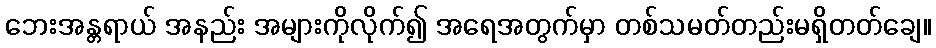
ဘေးအန္တရာယ် အနည်း အများကိုလိုက်၍ အရေအတွက်မှာ တစ်သမတ်တည်းမရှိတတ်ချေ။